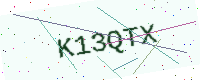
Text: K13QTX